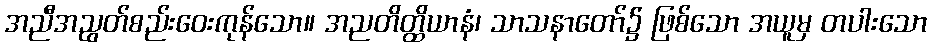
အညီအညွတ်စည်းဝေးကုန်သော။ အညတိတ္ထိယာနံ၊ သာသနာတော်၌ ဖြစ်သော အယူမှ တပါးသော